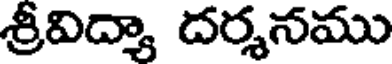
శ్రీవిద్యా దర్శనము